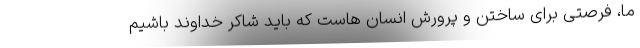
ما، فرصتی برای ساختن و پرورش انسان هاست که باید شاکر خداوند باشیم